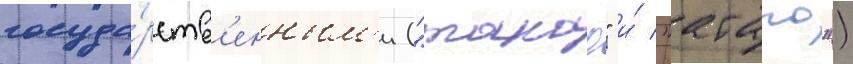
госуда́рств'енным'и ("такао" и́ "атаго")